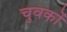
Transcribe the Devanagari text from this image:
चुवकों